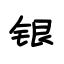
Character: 银